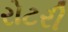
રોટરી